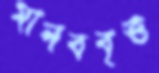
মানববৃত্ত